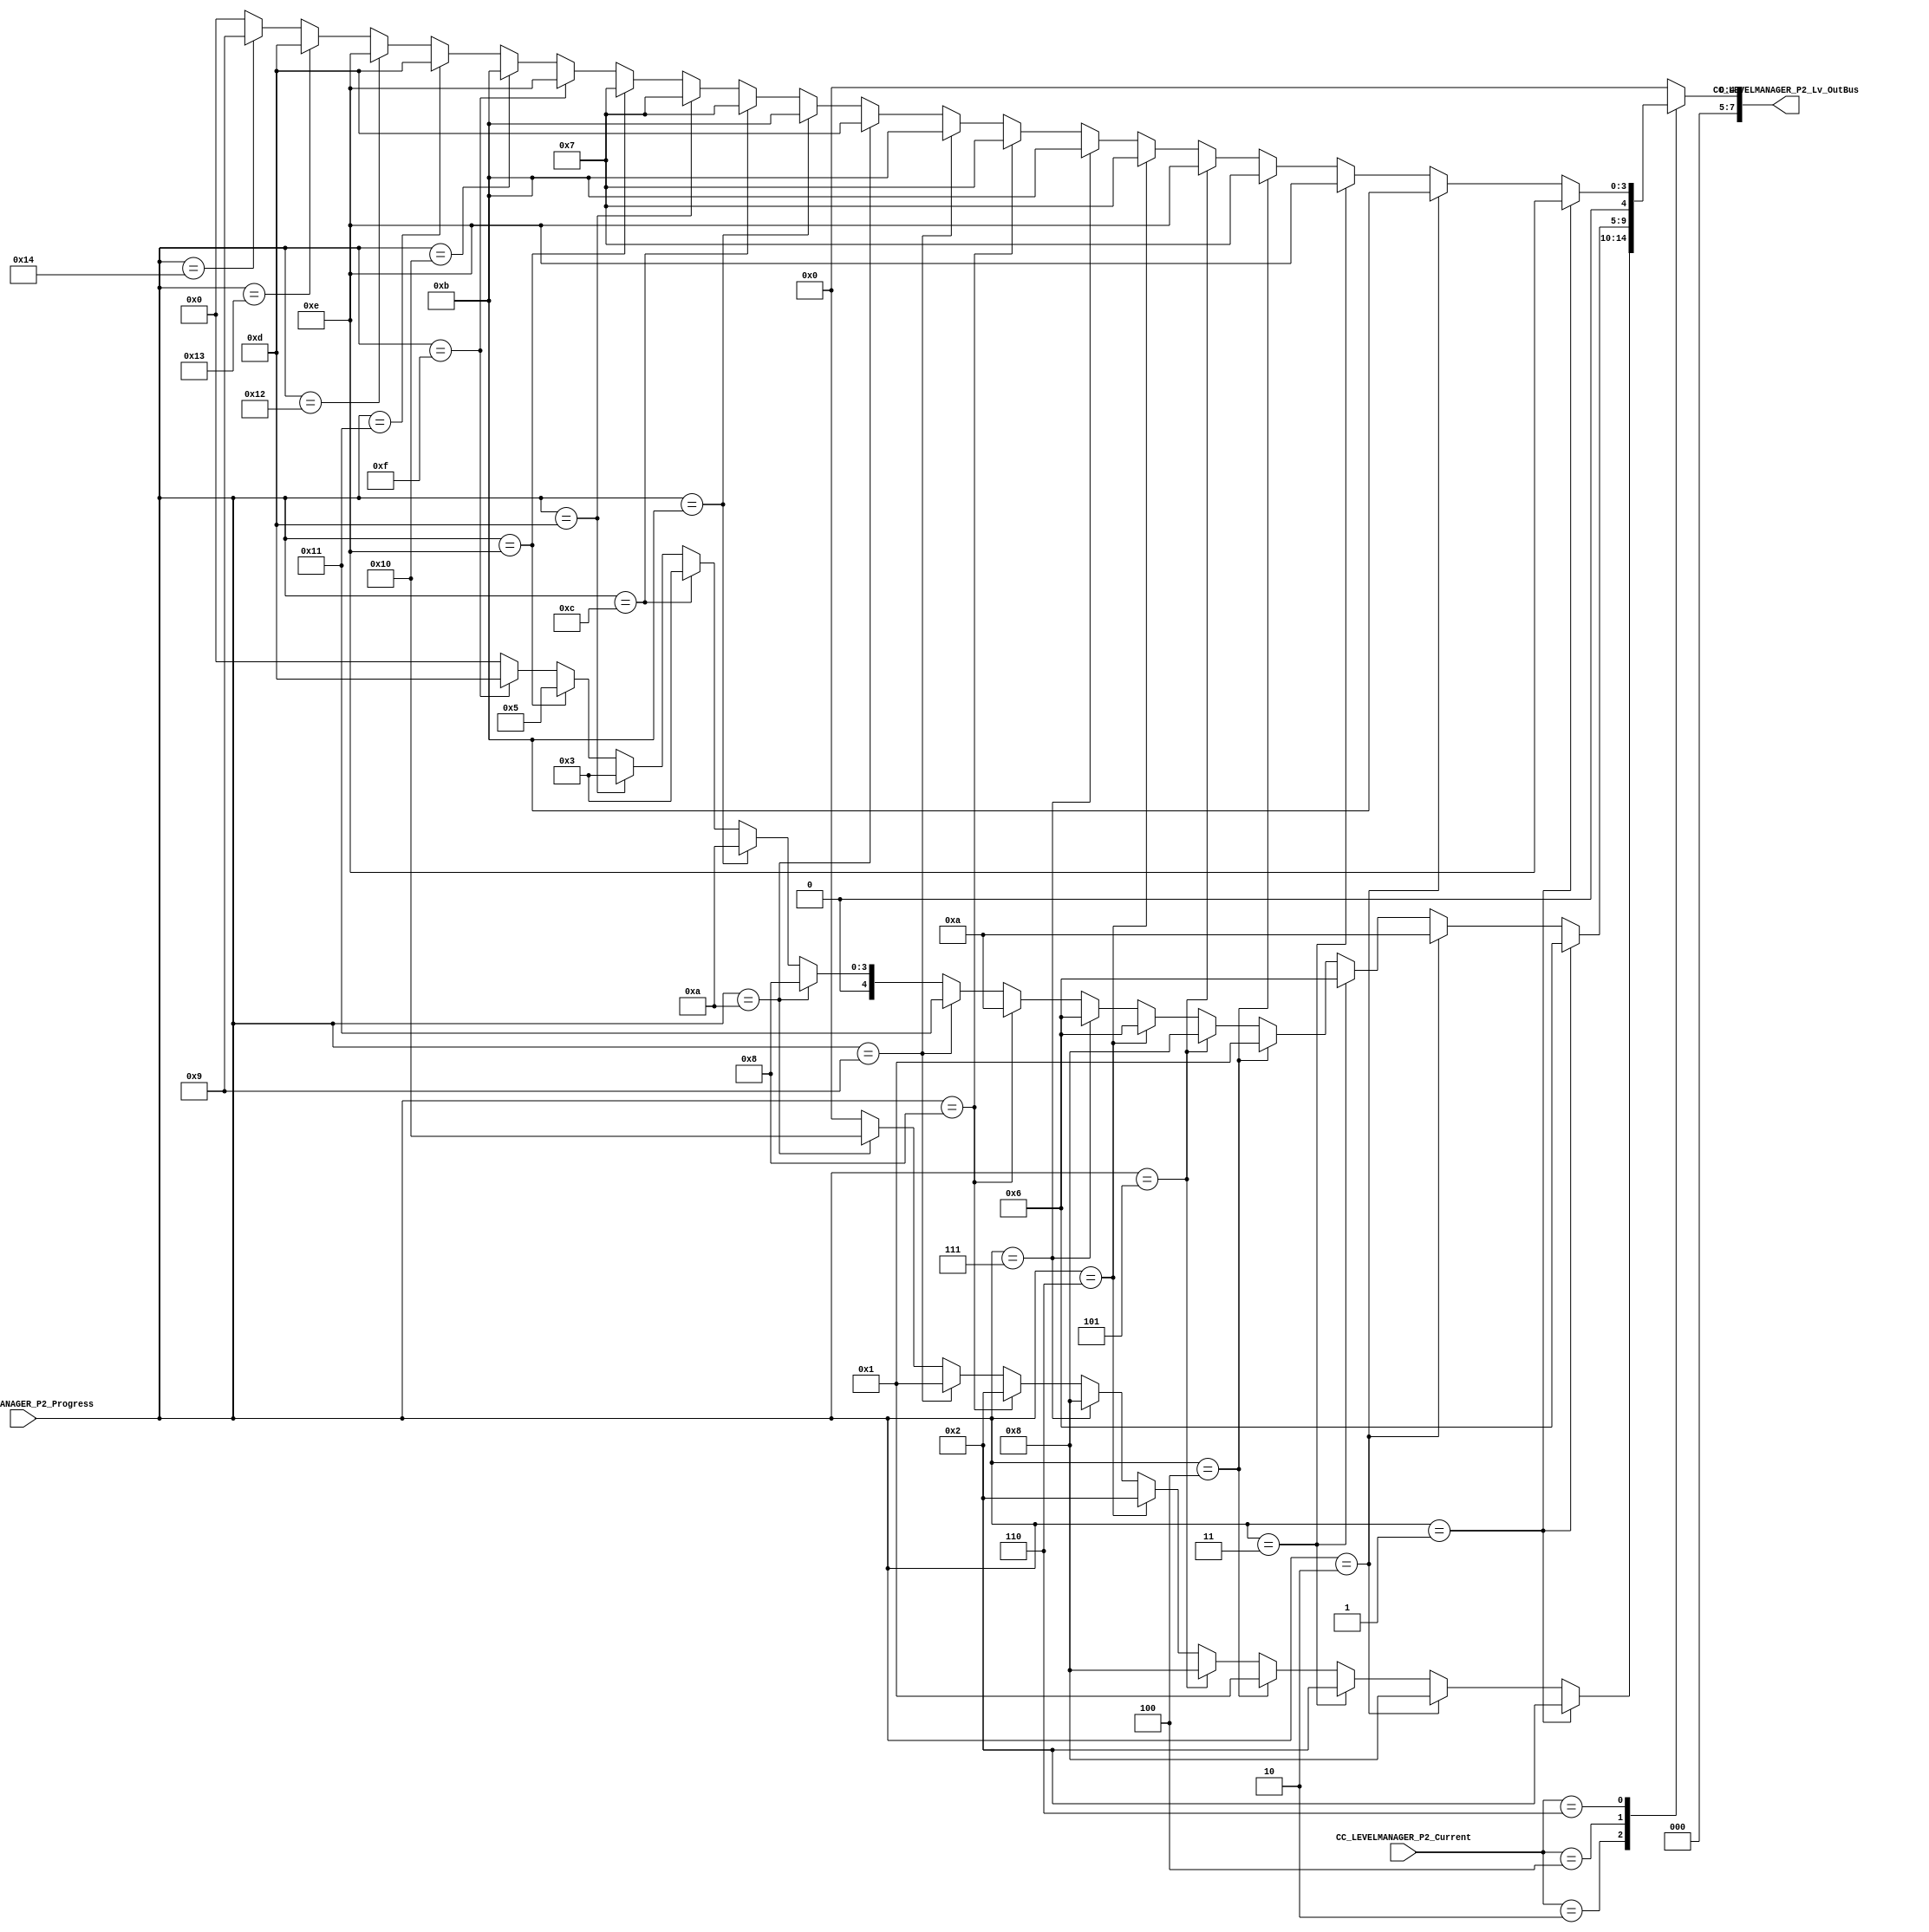
/*######################################################################
//#	G0B1T: HDL EXAMPLES. 2018.
//######################################################################
//# 
//# This program is free software: you can redistribute it and/or modify
//# it under the terms of the GNU General Public License as published by
//# the Free Software Foundation, version 3 of the License.
//#
//# This program is distributed in the hope that it will be useful,
//# but WITHOUT ANY WARRANTY; without even the implied warranty of
//# MERCHANTABILITY or FITNESS FOR A PARTICULAR PURPOSE.  See the
//# GNU General Public License for more details.
//#
//# You should have received a copy of the GNU General Public License
//# along with this program.  If not, see <http://www.gnu.org/licenses/>
//####################################################################*/
//=======================================================
//  MODULE Definition
//=======================================================

module CC_LEVELMANAGER_P2 (
//////////// OUTPUTS //////////
	CC_LEVELMANAGER_P2_Lv_OutBus,
		
//////////// INPUTS //////////
	CC_LEVELMANAGER_P2_Progress,
	CC_LEVELMANAGER_P2_Current

);

//=======================================================
//  PORT declarations
//=======================================================
output reg [7:0]	CC_LEVELMANAGER_P2_Lv_OutBus;

input		  [4:0]	 	CC_LEVELMANAGER_P2_Progress;
input 	  [2:0]		CC_LEVELMANAGER_P2_Current;

//=======================================================
//  PARAMETER declarations
//=======================================================

//parameter LEVELMANAGER_DATAWIDTH = 8;

//Nivel 1
parameter Lv1_u0  = 8'b00000010;
parameter Lv1_u1  = 8'b00001000;
parameter Lv1_u2  = 8'b00000010;
parameter Lv1_u3  = 8'b00000001;
parameter Lv1_u4  = 8'b00001000;
parameter Lv1_u5  = 8'b00000010;
parameter Lv1_u6  = 8'b00001000;
parameter Lv1_u7  = 8'b00000010;
parameter Lv1_u8  = 8'b00000001;
parameter Lv1_u9  = 8'b00010000;

//Nivel 2
parameter Lv2_u0  = 8'b00000110;
parameter Lv2_u1  = 8'b00001010;
parameter Lv2_u2  = 8'b00000110;
parameter Lv2_u3  = 8'b00000001;
parameter Lv2_u4  = 8'b00001000;
parameter Lv2_u5  = 8'b00000110;
parameter Lv2_u6  = 8'b00000110;
parameter Lv2_u7  = 8'b00001010;
parameter Lv2_u8  = 8'b00010001;
parameter Lv2_u9  = 8'b00001000;
parameter Lv2_u10 = 8'b00001010;
parameter Lv2_u11 = 8'b00000011;
parameter Lv2_u12 = 8'b00000011;
parameter Lv2_u13 = 8'b00000101;
parameter Lv2_u14 = 8'b00001101;

//Nivel 3
parameter Lv3_u0  = 8'b00001110;
parameter Lv3_u1  = 8'b00001011;
parameter Lv3_u2  = 8'b00001110;
parameter Lv3_u3  = 8'b00000111;
parameter Lv3_u4  = 8'b00001110;
parameter Lv3_u5  = 8'b00000111;
parameter Lv3_u6  = 8'b00001011;
parameter Lv3_u7  = 8'b00000111;
parameter Lv3_u8  = 8'b00001011;
parameter Lv3_u9  = 8'b00001101;
parameter Lv3_u10 = 8'b00001011;
parameter Lv3_u11 = 8'b00000111;
parameter Lv3_u12 = 8'b00000111;
parameter Lv3_u13 = 8'b00000111;
parameter Lv3_u14 = 8'b00001110;
parameter Lv3_u15 = 8'b00001011;
parameter Lv3_u16 = 8'b00001101;
parameter Lv3_u17 = 8'b00001110;
parameter Lv3_u18 = 8'b00001101;
parameter Lv3_u19 = 8'b00001001;

//=======================================================
//  Structural coding
//=======================================================
always @(*)
begin
	case (CC_LEVELMANAGER_P2_Current)
			
	2: begin
			if(CC_LEVELMANAGER_P2_Progress == 1) CC_LEVELMANAGER_P2_Lv_OutBus 			= Lv1_u0;
			else if (CC_LEVELMANAGER_P2_Progress == 2) CC_LEVELMANAGER_P2_Lv_OutBus 	= Lv1_u1;
			else if (CC_LEVELMANAGER_P2_Progress == 3) CC_LEVELMANAGER_P2_Lv_OutBus 	= Lv1_u2;
			else if (CC_LEVELMANAGER_P2_Progress == 4) CC_LEVELMANAGER_P2_Lv_OutBus 	= Lv1_u3;
			else if (CC_LEVELMANAGER_P2_Progress == 5) CC_LEVELMANAGER_P2_Lv_OutBus 	= Lv1_u4;
			else if (CC_LEVELMANAGER_P2_Progress == 6) CC_LEVELMANAGER_P2_Lv_OutBus 	= Lv1_u5;
			else if (CC_LEVELMANAGER_P2_Progress == 7) CC_LEVELMANAGER_P2_Lv_OutBus 	= Lv1_u6;
			else if (CC_LEVELMANAGER_P2_Progress == 8) CC_LEVELMANAGER_P2_Lv_OutBus 	= Lv1_u7;
			else if (CC_LEVELMANAGER_P2_Progress == 9) CC_LEVELMANAGER_P2_Lv_OutBus 	= Lv1_u8;
			else if (CC_LEVELMANAGER_P2_Progress == 10) CC_LEVELMANAGER_P2_Lv_OutBus = Lv1_u9;
			else CC_LEVELMANAGER_P2_Lv_OutBus = 0;
		end		
	4: begin
			if(CC_LEVELMANAGER_P2_Progress == 1) CC_LEVELMANAGER_P2_Lv_OutBus 			= Lv2_u0;
			else if (CC_LEVELMANAGER_P2_Progress == 2) CC_LEVELMANAGER_P2_Lv_OutBus 	= Lv2_u1;
			else if (CC_LEVELMANAGER_P2_Progress == 3) CC_LEVELMANAGER_P2_Lv_OutBus 	= Lv2_u2;
			else if (CC_LEVELMANAGER_P2_Progress == 4) CC_LEVELMANAGER_P2_Lv_OutBus 	= Lv2_u3;
			else if (CC_LEVELMANAGER_P2_Progress == 5) CC_LEVELMANAGER_P2_Lv_OutBus 	= Lv2_u4;
			else if (CC_LEVELMANAGER_P2_Progress == 6) CC_LEVELMANAGER_P2_Lv_OutBus 	= Lv2_u5;
			else if (CC_LEVELMANAGER_P2_Progress == 7) CC_LEVELMANAGER_P2_Lv_OutBus 	= Lv2_u6;
			else if (CC_LEVELMANAGER_P2_Progress == 8) CC_LEVELMANAGER_P2_Lv_OutBus 	= Lv2_u7;
			else if (CC_LEVELMANAGER_P2_Progress == 9) CC_LEVELMANAGER_P2_Lv_OutBus 	= Lv2_u8;
			else if (CC_LEVELMANAGER_P2_Progress == 10) CC_LEVELMANAGER_P2_Lv_OutBus = Lv2_u9;
			else if (CC_LEVELMANAGER_P2_Progress == 11) CC_LEVELMANAGER_P2_Lv_OutBus = Lv2_u10;
			else if (CC_LEVELMANAGER_P2_Progress == 12) CC_LEVELMANAGER_P2_Lv_OutBus = Lv2_u11;
			else if (CC_LEVELMANAGER_P2_Progress == 13) CC_LEVELMANAGER_P2_Lv_OutBus = Lv2_u12;
			else if (CC_LEVELMANAGER_P2_Progress == 14) CC_LEVELMANAGER_P2_Lv_OutBus = Lv2_u13;
			else if (CC_LEVELMANAGER_P2_Progress == 15) CC_LEVELMANAGER_P2_Lv_OutBus = Lv2_u14;
			else CC_LEVELMANAGER_P2_Lv_OutBus = 0;
		end
		
	6: begin
			if(CC_LEVELMANAGER_P2_Progress == 1) CC_LEVELMANAGER_P2_Lv_OutBus 			= Lv3_u0;
			else if (CC_LEVELMANAGER_P2_Progress == 2) CC_LEVELMANAGER_P2_Lv_OutBus 	= Lv3_u1;
			else if (CC_LEVELMANAGER_P2_Progress == 3) CC_LEVELMANAGER_P2_Lv_OutBus 	= Lv3_u2;
			else if (CC_LEVELMANAGER_P2_Progress == 4) CC_LEVELMANAGER_P2_Lv_OutBus 	= Lv3_u3;
			else if (CC_LEVELMANAGER_P2_Progress == 5) CC_LEVELMANAGER_P2_Lv_OutBus 	= Lv3_u4;
			else if (CC_LEVELMANAGER_P2_Progress == 6) CC_LEVELMANAGER_P2_Lv_OutBus 	= Lv3_u5;
			else if (CC_LEVELMANAGER_P2_Progress == 7) CC_LEVELMANAGER_P2_Lv_OutBus 	= Lv3_u6;
			else if (CC_LEVELMANAGER_P2_Progress == 8) CC_LEVELMANAGER_P2_Lv_OutBus 	= Lv3_u7;
			else if (CC_LEVELMANAGER_P2_Progress == 9) CC_LEVELMANAGER_P2_Lv_OutBus 	= Lv3_u8;
			else if (CC_LEVELMANAGER_P2_Progress == 10) CC_LEVELMANAGER_P2_Lv_OutBus = Lv3_u9;
			else if (CC_LEVELMANAGER_P2_Progress == 11) CC_LEVELMANAGER_P2_Lv_OutBus = Lv3_u10;
			else if (CC_LEVELMANAGER_P2_Progress == 12) CC_LEVELMANAGER_P2_Lv_OutBus = Lv3_u11;
			else if (CC_LEVELMANAGER_P2_Progress == 13) CC_LEVELMANAGER_P2_Lv_OutBus = Lv3_u12;
			else if (CC_LEVELMANAGER_P2_Progress == 14) CC_LEVELMANAGER_P2_Lv_OutBus = Lv3_u13;
			else if (CC_LEVELMANAGER_P2_Progress == 15) CC_LEVELMANAGER_P2_Lv_OutBus = Lv3_u14;
			else if (CC_LEVELMANAGER_P2_Progress == 16) CC_LEVELMANAGER_P2_Lv_OutBus = Lv3_u15;
			else if (CC_LEVELMANAGER_P2_Progress == 17) CC_LEVELMANAGER_P2_Lv_OutBus = Lv3_u16;
			else if (CC_LEVELMANAGER_P2_Progress == 18) CC_LEVELMANAGER_P2_Lv_OutBus = Lv3_u17;
			else if (CC_LEVELMANAGER_P2_Progress == 19) CC_LEVELMANAGER_P2_Lv_OutBus = Lv3_u18;
			else if (CC_LEVELMANAGER_P2_Progress == 20) CC_LEVELMANAGER_P2_Lv_OutBus = Lv3_u19;
			else CC_LEVELMANAGER_P2_Lv_OutBus = 0;
		end
		
	default: CC_LEVELMANAGER_P2_Lv_OutBus = 0;
	endcase

end

endmodule